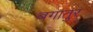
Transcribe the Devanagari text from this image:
बगातुर